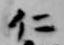
仁